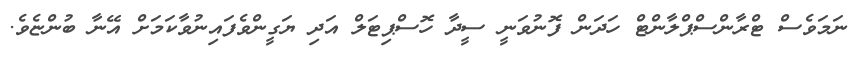
ނަމަވެސް ޓްރާންސްޕްލާންޓް ހަދަން ފޮނުވަނީ ސީދާ ހޮސްޕިޓަލް އަދި ޔަގީންވެފައިނުވާކަމަށް އޭނާ ބުންޏެވެ.